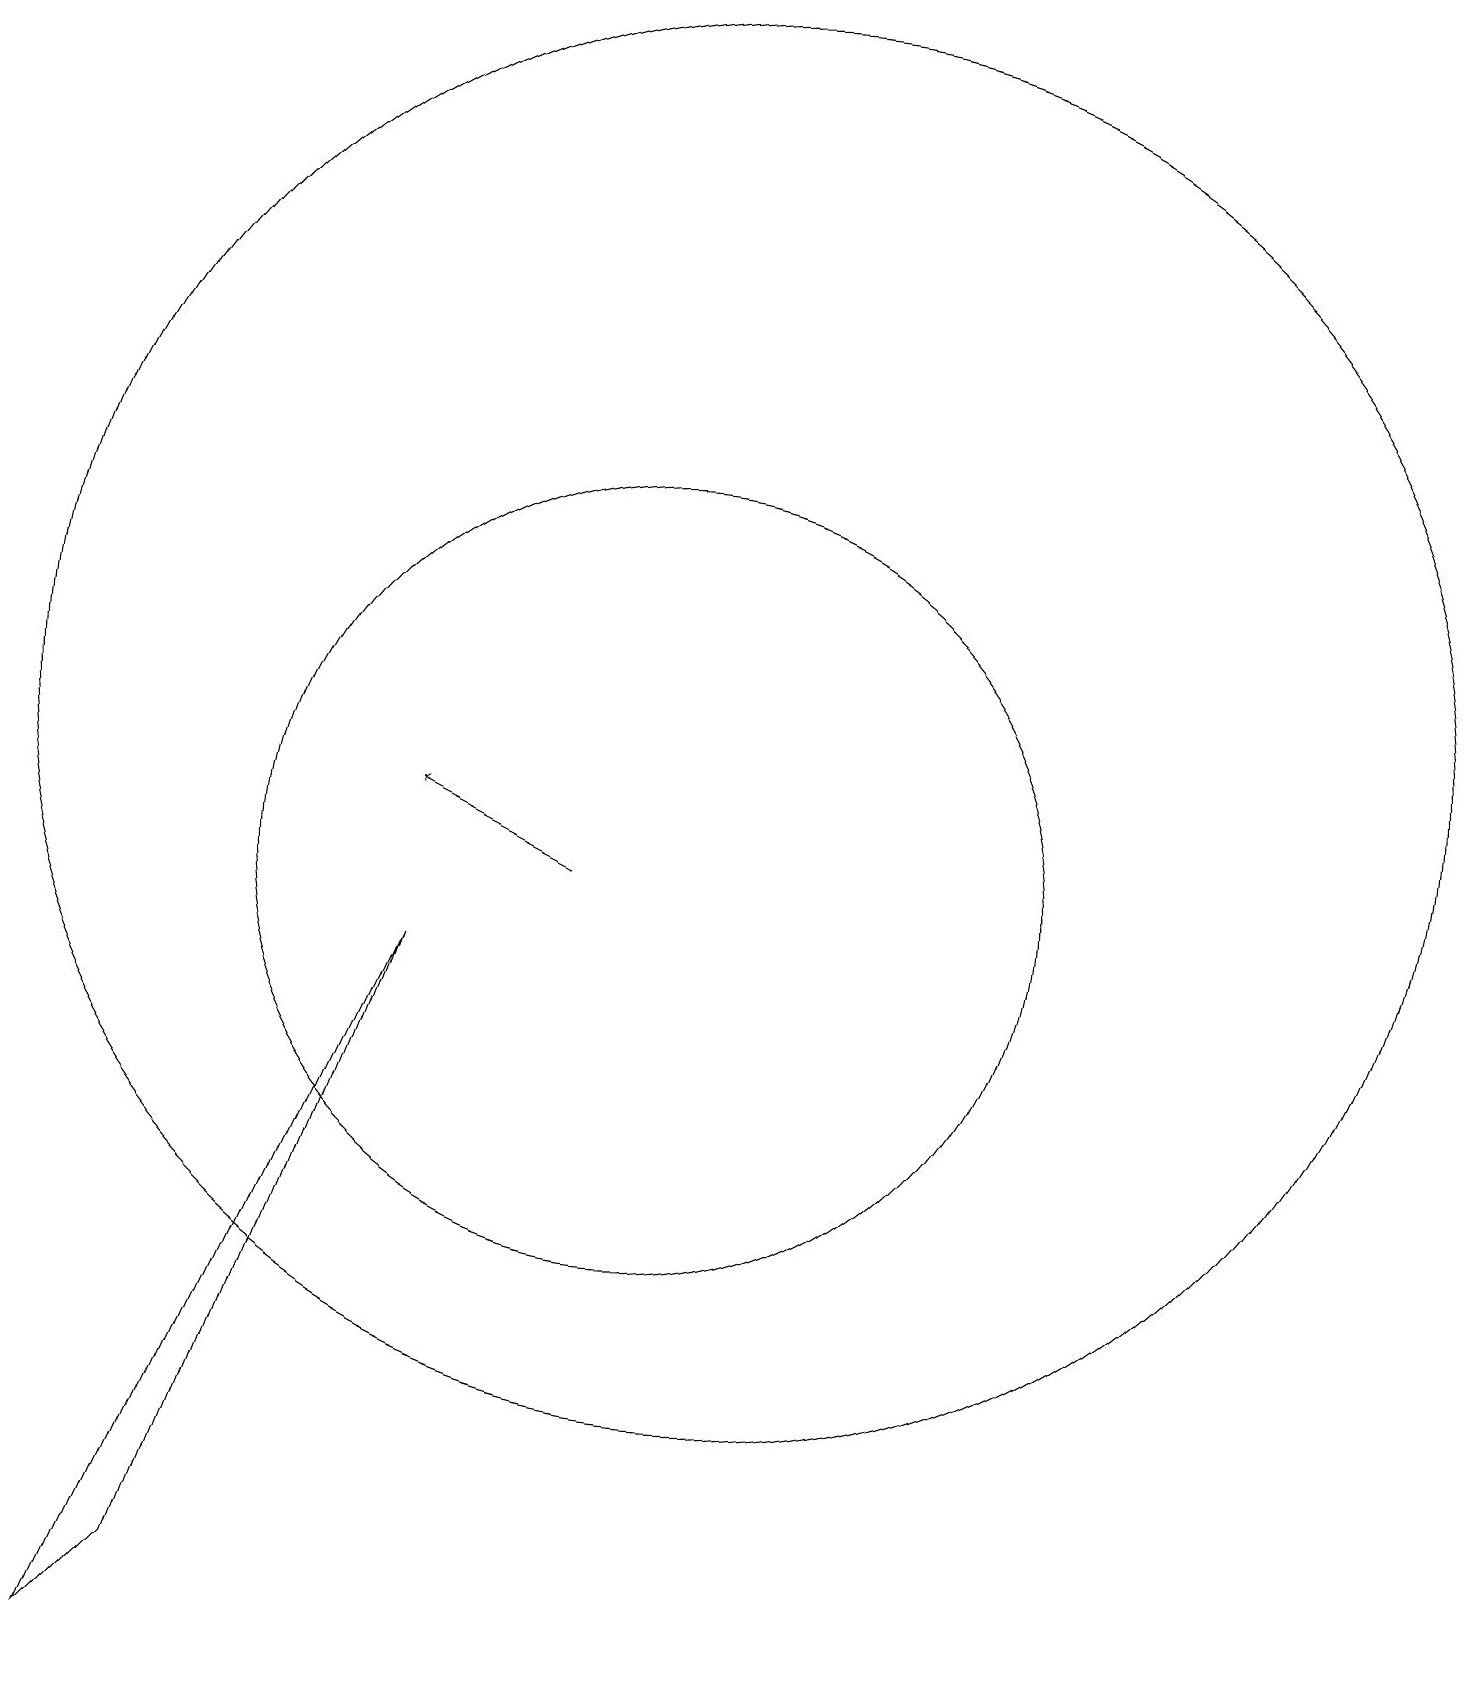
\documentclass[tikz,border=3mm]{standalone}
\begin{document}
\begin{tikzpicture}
\draw (10,10) circle (5);
\draw (3,0) -- (4,1) -- (7,9) -- cycle;
\draw[->] (9,10) -- (7,11);
\draw (11,12) circle (9);
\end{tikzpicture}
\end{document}